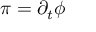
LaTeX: \pi = \partial _ { t } \phi